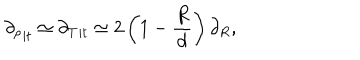
{ \partial _ { \rho } } _ { | t } \simeq { \partial _ { T } } _ { | t } \simeq 2 \left( 1 - \frac { R } { d } \right) \partial _ { R } ,